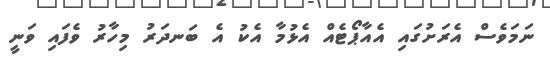
ނަމަވެސް އެރަށުގައި އެއާޕޯޓެއް އެޅުމާ އެކު އެ ބަނދަރު މިހާރު ވެފައި ވަނީ